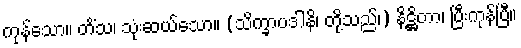
ကုန်သော။ တိံသ၊ သုံးဆယ်သော။ (သိက္ခာပဒါနိ၊ တို့သည်၊) နိဋ္ဌိတာ၊ ပြီးကုန်ပြီ။